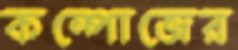
কম্পোজের